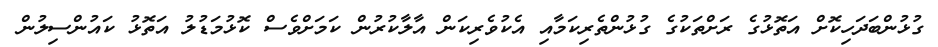
ގުޅުންބަދަހިކޮށް އަތޮޅުގެ ރަށްތަކުގެ ގުޅުންތެރިކަމާއި އެކުވެރިކަން އާލާކުރުން ކަމަށްވެސް ކޮޅުމަޑުލު އަތޮޅު ކައުންސިލުން